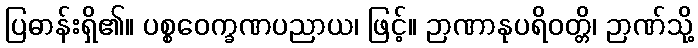
ပြဓာန်းရှိ၏။ ပစ္စဝေက္ခဏပညာယ၊ ဖြင့်။ ဉာဏာနုပရိဝတ္တိ၊ ဉာဏ်သို့